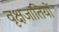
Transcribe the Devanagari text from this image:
वृक्षजातियों